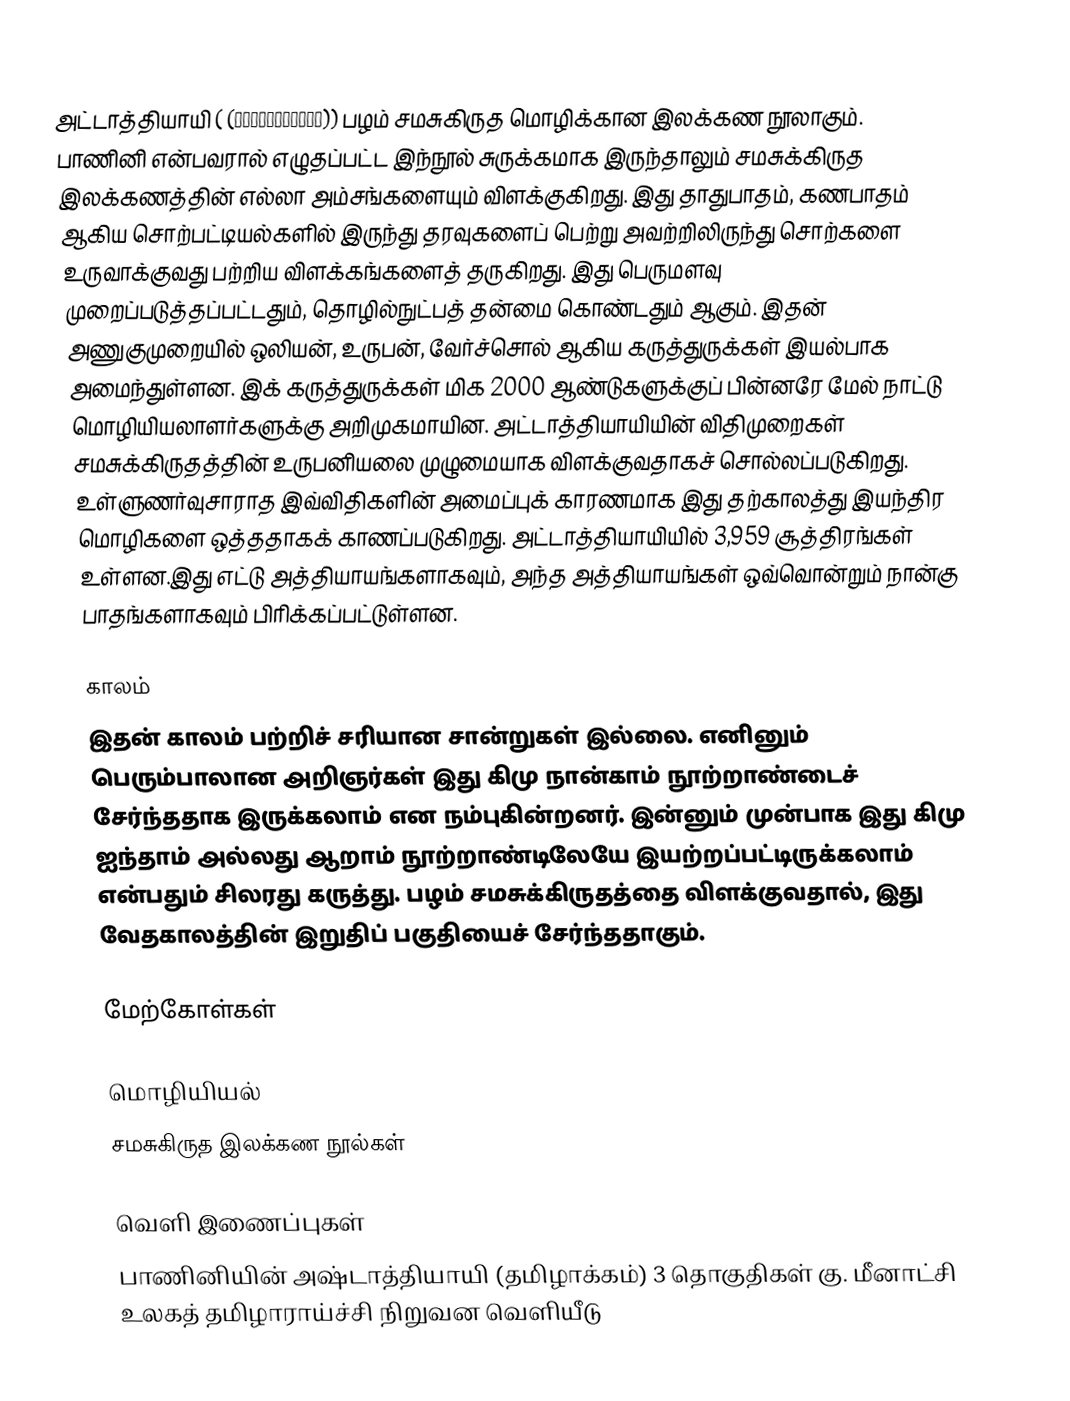
அட்டாத்தியாயி ( (अष्टाध्यायी)) பழம் சமசுகிருத மொழிக்கான இலக்கண நூலாகும். பாணினி என்பவரால் எழுதப்பட்ட இந்நூல் சுருக்கமாக இருந்தாலும் சமசுக்கிருத இலக்கணத்தின் எல்லா அம்சங்களையும் விளக்குகிறது. இது தாதுபாதம், கணபாதம் ஆகிய சொற்பட்டியல்களில் இருந்து தரவுகளைப் பெற்று அவற்றிலிருந்து சொற்களை உருவாக்குவது பற்றிய விளக்கங்களைத் தருகிறது. இது பெருமளவு முறைப்படுத்தப்பட்டதும், தொழில்நுட்பத் தன்மை கொண்டதும் ஆகும். இதன் அணுகுமுறையில் ஒலியன், உருபன், வேர்ச்சொல் ஆகிய கருத்துருக்கள் இயல்பாக அமைந்துள்ளன. இக் கருத்துருக்கள் மிக 2000 ஆண்டுகளுக்குப் பின்னரே மேல் நாட்டு மொழியியலாளர்களுக்கு அறிமுகமாயின. அட்டாத்தியாயியின் விதிமுறைகள் சமசுக்கிருதத்தின் உருபனியலை முழுமையாக விளக்குவதாகச் சொல்லப்படுகிறது. உள்ளுணர்வுசாராத இவ்விதிகளின் அமைப்புக் காரணமாக இது தற்காலத்து இயந்திர மொழிகளை ஒத்ததாகக் காணப்படுகிறது. அட்டாத்தியாயியில் 3,959 சூத்திரங்கள் உள்ளன.இது எட்டு அத்தியாயங்களாகவும், அந்த அத்தியாயங்கள் ஒவ்வொன்றும் நான்கு பாதங்களாகவும் பிரிக்கப்பட்டுள்ளன.

காலம்
இதன் காலம் பற்றிச் சரியான சான்றுகள் இல்லை. எனினும் பெரும்பாலான அறிஞர்கள் இது கிமு நான்காம் நூற்றாண்டைச் சேர்ந்ததாக இருக்கலாம் என நம்புகின்றனர். இன்னும் முன்பாக இது கிமு ஐந்தாம் அல்லது ஆறாம் நூற்றாண்டிலேயே இயற்றப்பட்டிருக்கலாம் என்பதும் சிலரது கருத்து. பழம் சமசுக்கிருதத்தை விளக்குவதால், இது வேதகாலத்தின் இறுதிப் பகுதியைச் சேர்ந்ததாகும்.

மேற்கோள்கள்

மொழியியல்
சமசுகிருத இலக்கண நூல்கள்

வெளி இணைப்புகள்
பாணினியின் அஷ்டாத்தியாயி (தமிழாக்கம்) 3 தொகுதிகள் கு. மீனாட்சி உலகத் தமிழாராய்ச்சி நிறுவன வெளியீடு